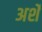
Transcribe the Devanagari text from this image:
अर्शे